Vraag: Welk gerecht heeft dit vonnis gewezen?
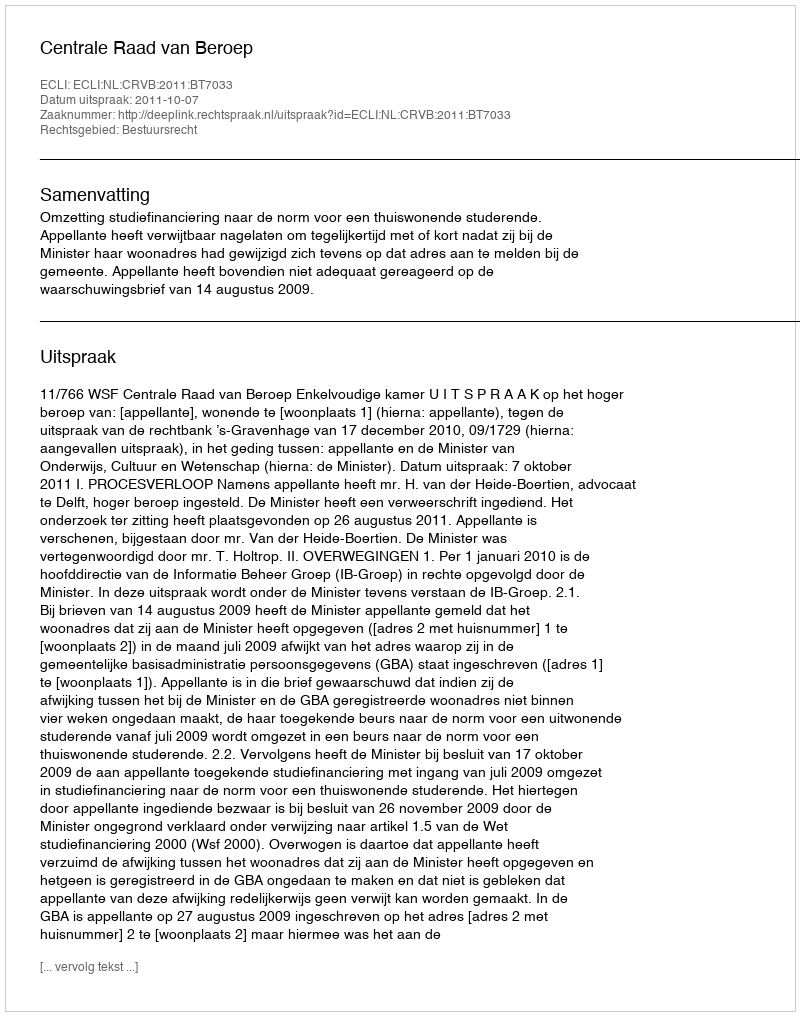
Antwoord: Centrale Raad van Beroep